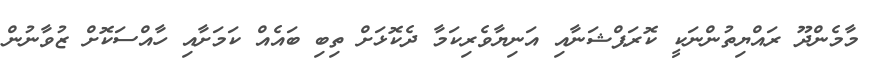
މާމެންދޫ ރައްޔިތުންނަކީ ކޮރަޕްޝަނާއި އަނިޔާވެރިކަމާ ދެކޮޅަށް ތިބި ބައެއް ކަމަށާއި ހާއްސަކޮށް ޒުވާނުން